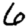
Digit: 6